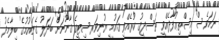
ނަމަވެސް އިސްތިޢުފާދެއްވީ ތަސްދީޤު ކުރެއްވި ޤައުމީ ޔުނިވަރސިޓީގެ ޤާނޫނަށް ބަދަލު ގެނައުމުގެ ބިލާމެދު